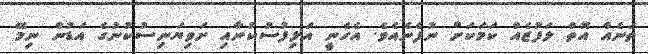
ތަނެއް އޮތް ލަފުޒެއް ކަމަކަށް ނުފެނެއެވެ. އެހެނީ އަލިފުސުކުނާއި ށަވިޔަނިސުކުނުގެ އަޑުން ނިމޭ